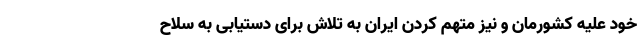
خود علیه کشورمان و نیز متهم کردن ایران به تلاش برای دستیابی به سلاح